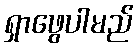
ရှာဖွေပါမည်